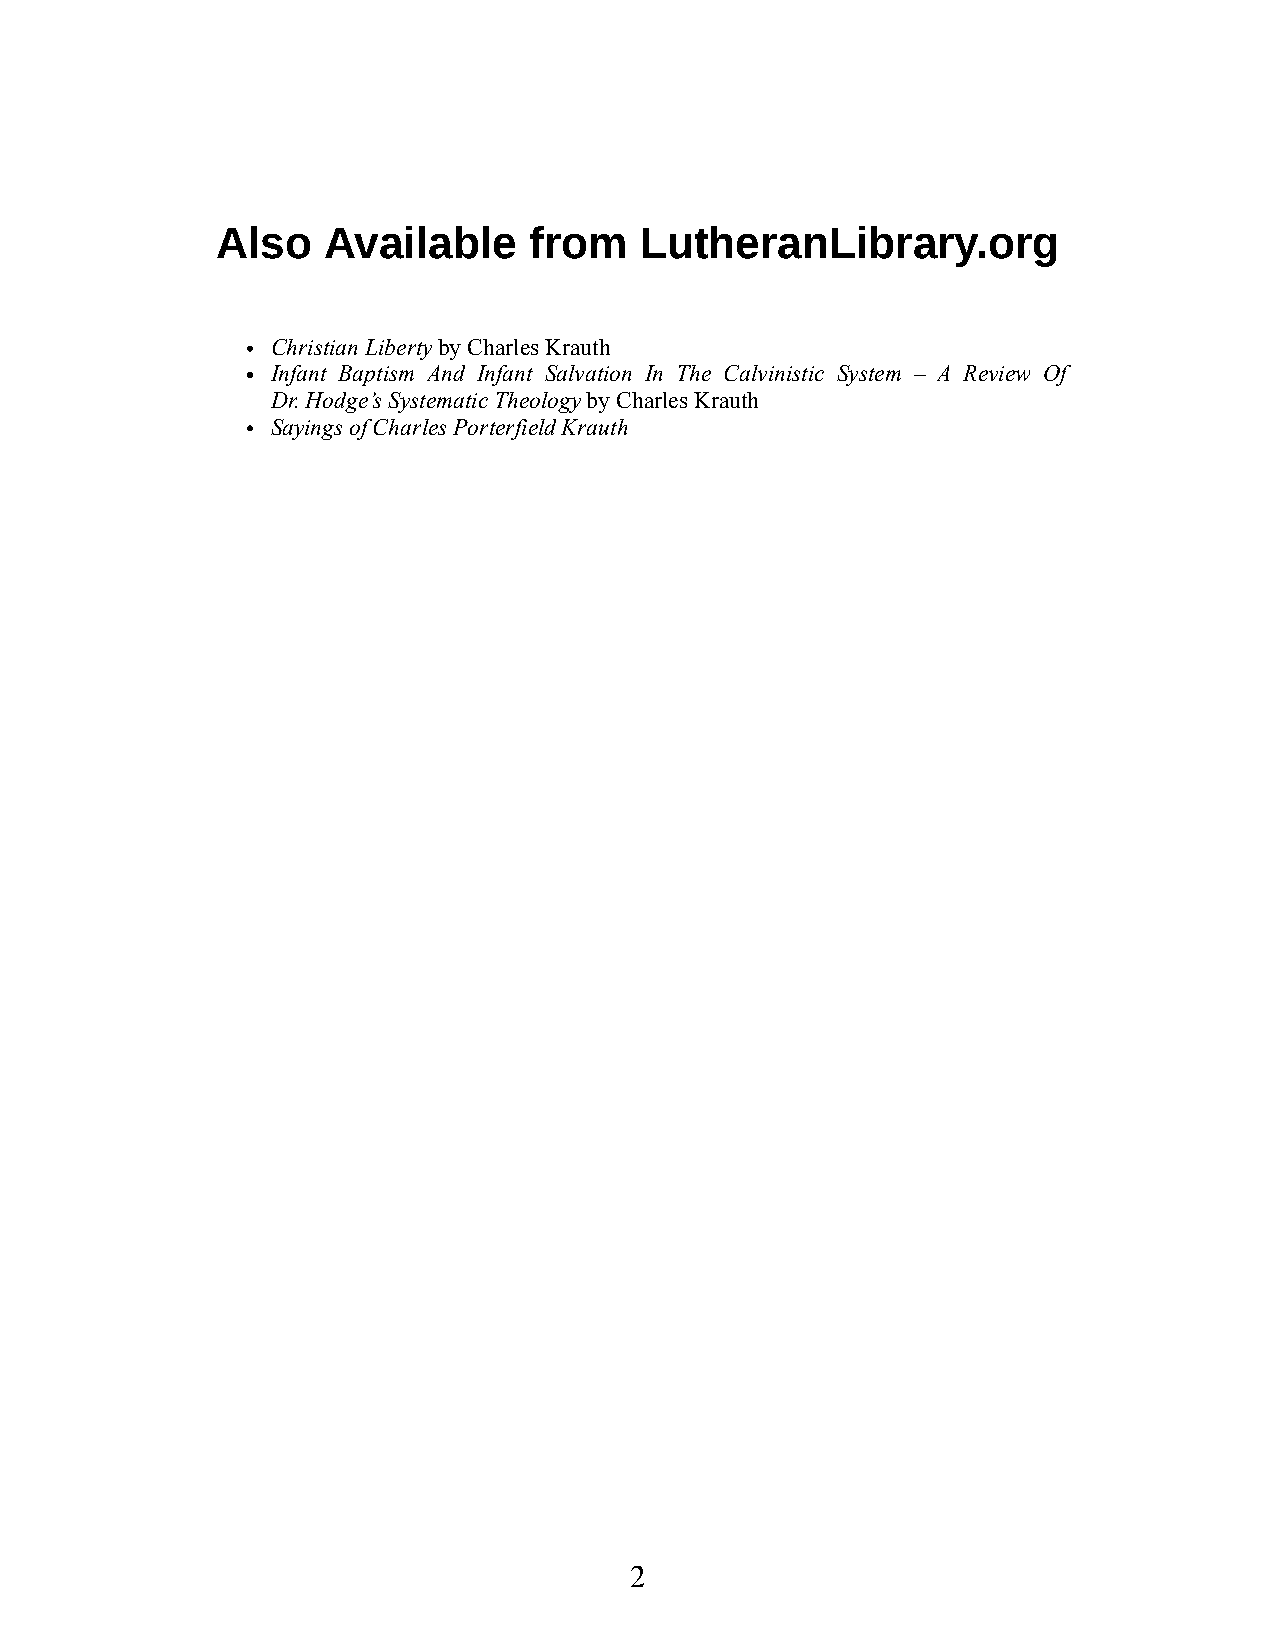
Also   Avail  able   from   Luther   an  Li brary.org
 Chris tian Lib erty by Charles Krauth
 In fant Bap tism And In fant Salv at ion In The Calvin ist ic Syst em – A Re view Of
 Dr. Hodge’s Sys tem atic The ol ogy by Charles Krauth
 Say ings of Charles Porter field Krauth
 2